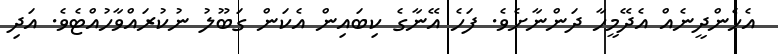
އެހެންދީނެއް އެދޭމީހާ ދަންނާށެވެ. ފަހެ އޭނާގެ ކިބައިން އެކަން ގަބޫލު ނުކުރައްވާހުއްޓެވެ. އަދި